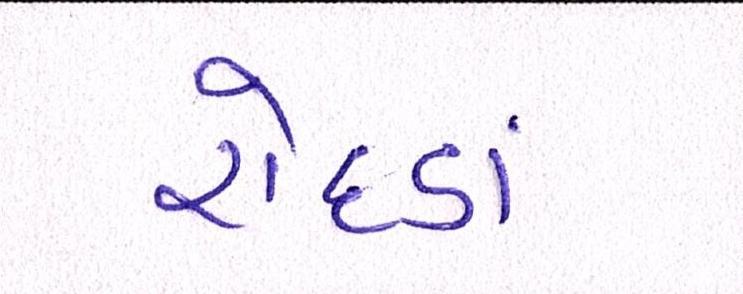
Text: રોદડાં